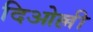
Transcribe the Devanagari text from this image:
दिओल्ली